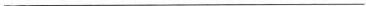
___